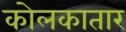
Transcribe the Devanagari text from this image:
कोलकातार